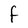
Character: F